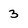
Character: 3